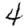
Digit: 4